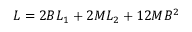
L = 2 B L _ { 1 } + 2 M L _ { 2 } + 1 2 M B ^ { 2 }